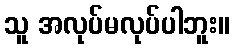
သူ အလုပ်မလုပ်ပါဘူး။